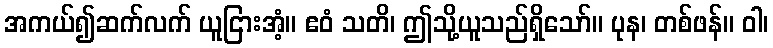
အကယ်၍ဆက်လက် ယူငြားအံ့။ ဧဝံ သတိ၊ ဤသို့ယူသည်ရှိသော်။ ပုန၊ တစ်ဖန်။ ဝါ၊